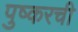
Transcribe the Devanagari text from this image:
पुष्करची